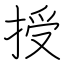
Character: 授